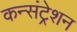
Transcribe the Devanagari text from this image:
कन्संट्रेशन